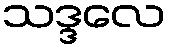
သဒ္ဒလေ